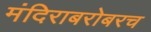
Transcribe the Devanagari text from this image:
मंदिराबरोबरच